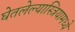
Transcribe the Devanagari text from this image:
घेतलेल्यास्त्रियामध्ये